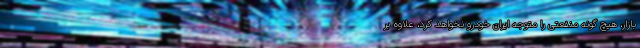
بازار،‌ هیچ گونه منفعتی را متوجه ایران خودرو نخواهد کرد،‌ علاوه بر